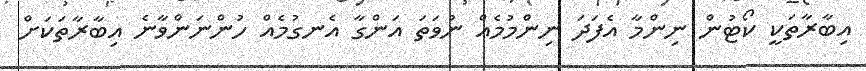
އިބާރާތަކީ ކޯޓުން ނިންމާ އެފަދަ ނިންމުމެއް ނުވަތަ އަންގާ އެނގުމެއް ހުންނަންވާނެ އިބާރާތަކަށް